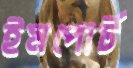
ইমপোর্ট